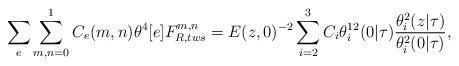
LaTeX: \begin{align*}\sum_{e}\sum_{m,n=0}^{1} C_{e}(m,n)\theta^{4}[e] F_{R,tws}^{m,n}=E(z,0)^{-2}\sum_{i=2}^{3}C_{i}\theta_{i}^{12}(0|\tau)\frac{\theta^{2}_{i}(z|\tau)}{\theta_{i}^{2}(0|\tau)},\end{align*}